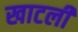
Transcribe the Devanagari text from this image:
खाटली